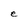
Character: e